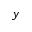
y